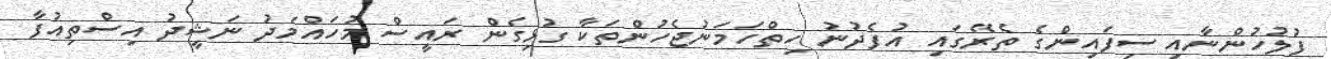
ފުލުހުންނާއި ސިފައިންގެ ތެރޭގައި އުފެދުނު ހިތްހަމަނުޖެހުންތަކާ ގުޅިގެން ރައީސް މުހައްމަދު ނަޝީދު އިސްތިއުފާ